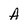
Character: A